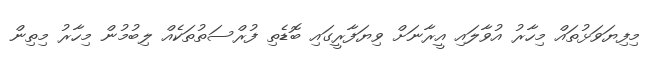
މިފިޔަވަޅުތައް މިހާރު އުވާލައި އީރާނަށް ވިޔަފާރީގައި ބޮޑެތި ފުރްސަތުތަކެއް ލިބުމުން މިހާރު މިތިން